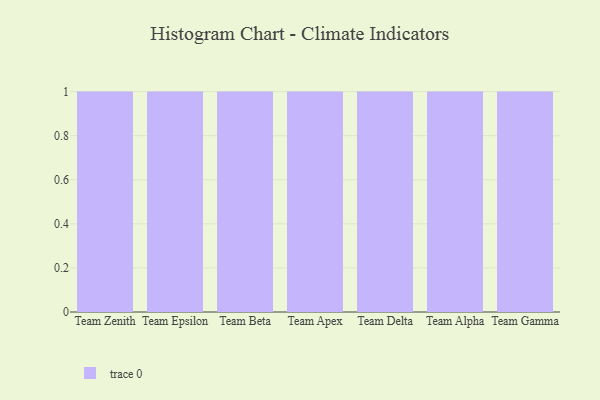
{"axis": {"x": "Team", "y": "Churn Rate (%)"}, "legend": [""], "data": [{"x": "Team Zenith", "y": 8, "type": ""}, {"x": "Team Epsilon", "y": 14, "type": ""}, {"x": "Team Beta", "y": 53, "type": ""}, {"x": "Team Apex", "y": 23, "type": ""}, {"x": "Team Delta", "y": 42, "type": ""}, {"x": "Team Alpha", "y": 5, "type": ""}, {"x": "Team Gamma", "y": 95, "type": ""}]}